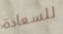
للسعادة